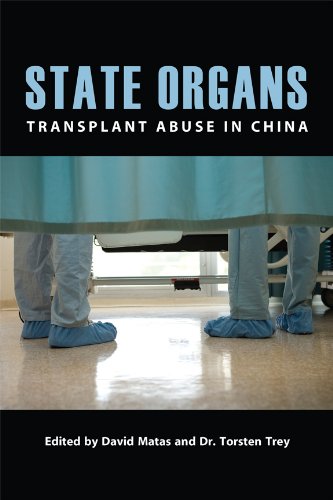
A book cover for State Organs: Transplant Abuse in China; Health, Fitness & Dieting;